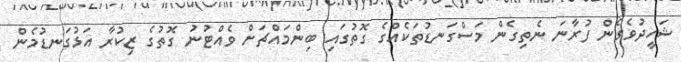
ޝަހީދުވެގެން ފުރާނަ ނެތިގެން މަސްގަނޑުތަކެއްގެ ގޮތުގައި ބިންމައްޗަށް ވެއްޓުނު ގޮތުގެ ޒިކުރާ އަޅުގަނޑުމެން